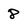
Character: 8